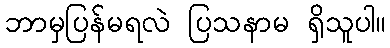
ဘာမှပြန်မရလဲ ပြသနာမ ရှိသူပါ။